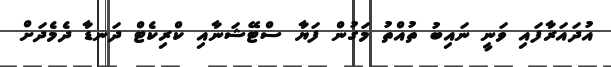
އުދައަރާފައި ވަނީ ނައިބު ތުއްތު މަގުން ފަޔާ ސްޓޭޝަނާއި ކްރިކެޓް ދަނޑާ ދެމެދަށް